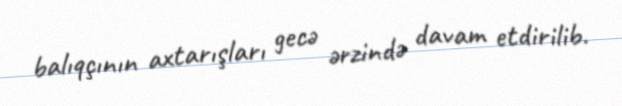
balıqçının axtarışları gecə ərzində davam etdirilib.